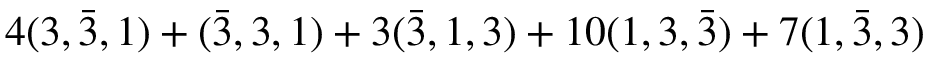
4 ( 3 , \bar { 3 } , 1 ) + ( \bar { 3 } , 3 , 1 ) + 3 ( \bar { 3 } , 1 , 3 ) + 1 0 ( 1 , 3 , \bar { 3 } ) + 7 ( 1 , \bar { 3 } , 3 )